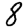
Digit: 8